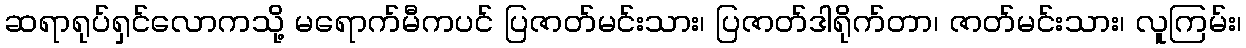
ဆရာရုပ်ရှင်လောကသို့ မရောက်မီကပင် ပြဇာတ်မင်းသား၊ ပြဇာတ်ဒါရိုက်တာ၊ ဇာတ်မင်းသား၊ လူကြမ်း၊